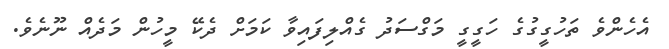
އެހެންވެ ތަހުގީގުގެ ހަގީގީ މަގްސަދު ގެއްލިފައިވާ ކަމަށް ދެކޭ މީހުން މަދެއް ނޫނެވެ.